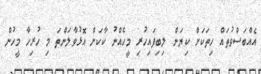
އެއްބަސްވުތައް ހިތަކަށް ކިޔަން ލިބިފައިހުރި މީހެއްނު ކާކަށް އޮޅުވާލަންތަ މި ހުރިހާ މީހުން